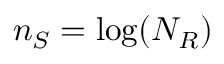
n _ { S } = \log ( N _ { R } )